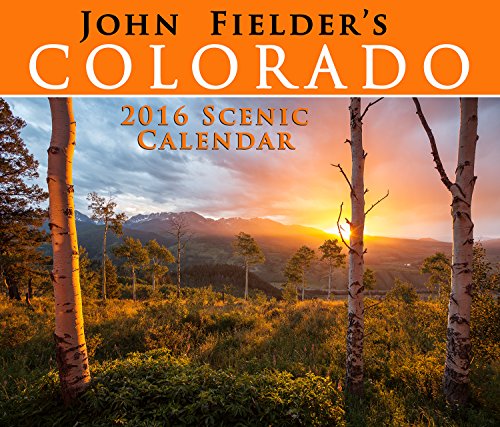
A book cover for John Fielder's 2016 Colorado Scenic Wall Calendar; John Fielder; Arts & Photography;